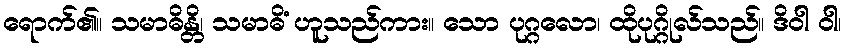
ရောက်၏။ သမာဓိန္တိ၊ သမာဓိံ ဟူသည်ကား။ သော ပုဂ္ဂလော၊ ထိုပုဂ္ဂိုလ်သည်။ ဒိဝါ ဝါ၊